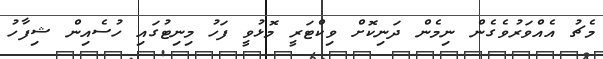
މެޗު އެއްވަރުވެގެން ނިމެން ދަނިކޮށް ވިކްޓަރީ މޮޅުވީ ފަހު މިނިޓުގައި ހުސެއިން ޝިފާހު